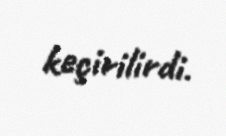
keçirilirdi.